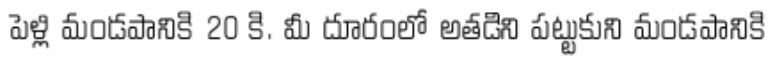
పెళ్లి మండపానికి 20 కి. మీ దూరంలో అతడిని పట్టుకుని మండపానికి